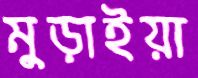
মুড়াইয়া